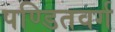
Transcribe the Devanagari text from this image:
पण्डितवर्ग